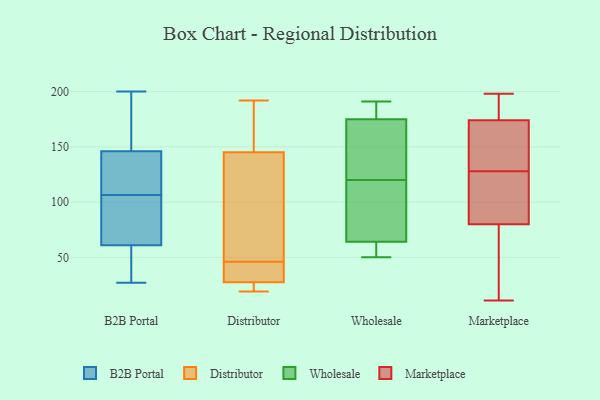
{"axis": {"x": "Churn Rate (%)", "y": "Value"}, "legend": ["B2B Portal", "Distributor", "Marketplace", "Wholesale"], "data": [{"x": "", "y": 76, "type": "B2B Portal"}, {"x": "", "y": 61, "type": "B2B Portal"}, {"x": "", "y": 115, "type": "B2B Portal"}, {"x": "", "y": 143, "type": "B2B Portal"}, {"x": "", "y": 54, "type": "B2B Portal"}, {"x": "", "y": 183, "type": "B2B Portal"}, {"x": "", "y": 27, "type": "B2B Portal"}, {"x": "", "y": 98, "type": "B2B Portal"}, {"x": "", "y": 80, "type": "B2B Portal"}, {"x": "", "y": 146, "type": "B2B Portal"}, {"x": "", "y": 200, "type": "B2B Portal"}, {"x": "", "y": 31, "type": "B2B Portal"}, {"x": "", "y": 168, "type": "B2B Portal"}, {"x": "", "y": 137, "type": "B2B Portal"}, {"x": "", "y": 19, "type": "Distributor"}, {"x": "", "y": 47, "type": "Distributor"}, {"x": "", "y": 26, "type": "Distributor"}, {"x": "", "y": 188, "type": "Distributor"}, {"x": "", "y": 27, "type": "Distributor"}, {"x": "", "y": 166, "type": "Distributor"}, {"x": "", "y": 20, "type": "Distributor"}, {"x": "", "y": 180, "type": "Distributor"}, {"x": "", "y": 36, "type": "Distributor"}, {"x": "", "y": 28, "type": "Distributor"}, {"x": "", "y": 44, "type": "Distributor"}, {"x": "", "y": 45, "type": "Distributor"}, {"x": "", "y": 45, "type": "Distributor"}, {"x": "", "y": 132, "type": "Distributor"}, {"x": "", "y": 112, "type": "Distributor"}, {"x": "", "y": 69, "type": "Distributor"}, {"x": "", "y": 23, "type": "Distributor"}, {"x": "", "y": 158, "type": "Distributor"}, {"x": "", "y": 192, "type": "Distributor"}, {"x": "", "y": 130, "type": "Distributor"}, {"x": "", "y": 176, "type": "Wholesale"}, {"x": "", "y": 176, "type": "Wholesale"}, {"x": "", "y": 64, "type": "Wholesale"}, {"x": "", "y": 50, "type": "Wholesale"}, {"x": "", "y": 140, "type": "Wholesale"}, {"x": "", "y": 101, "type": "Wholesale"}, {"x": "", "y": 113, "type": "Wholesale"}, {"x": "", "y": 59, "type": "Wholesale"}, {"x": "", "y": 191, "type": "Wholesale"}, {"x": "", "y": 107, "type": "Wholesale"}, {"x": "", "y": 64, "type": "Wholesale"}, {"x": "", "y": 175, "type": "Wholesale"}, {"x": "", "y": 138, "type": "Wholesale"}, {"x": "", "y": 127, "type": "Wholesale"}, {"x": "", "y": 198, "type": "Marketplace"}, {"x": "", "y": 62, "type": "Marketplace"}, {"x": "", "y": 88, "type": "Marketplace"}, {"x": "", "y": 106, "type": "Marketplace"}, {"x": "", "y": 167, "type": "Marketplace"}, {"x": "", "y": 177, "type": "Marketplace"}, {"x": "", "y": 72, "type": "Marketplace"}, {"x": "", "y": 171, "type": "Marketplace"}, {"x": "", "y": 94, "type": "Marketplace"}, {"x": "", "y": 156, "type": "Marketplace"}, {"x": "", "y": 193, "type": "Marketplace"}, {"x": "", "y": 11, "type": "Marketplace"}, {"x": "", "y": 146, "type": "Marketplace"}, {"x": "", "y": 180, "type": "Marketplace"}, {"x": "", "y": 60, "type": "Marketplace"}, {"x": "", "y": 110, "type": "Marketplace"}]}